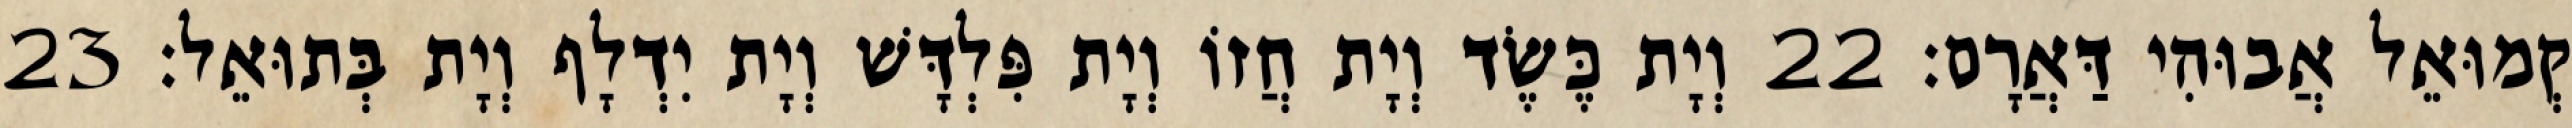
קְמוּאֵל אֲבוּהִי דַּאֲרָם׃ 22 וְיָת כֶּשֶׂד וְיָת חֲזוֹ וְיָת פִּלְדָּשׁ וְיָת יִדְלָף וְיָת בְּתוּאֵל׃ 23